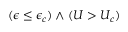
( \epsilon \leq \epsilon _ { c } ) \wedge ( U > U _ { c } )